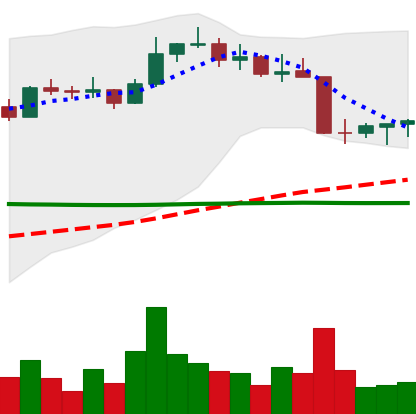
Ticker: ETC-USD
Chart end date: 2022-08-23
Forward return: -9.992%
Label: down_7plus